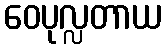
ဝေပုလ္လတာယ